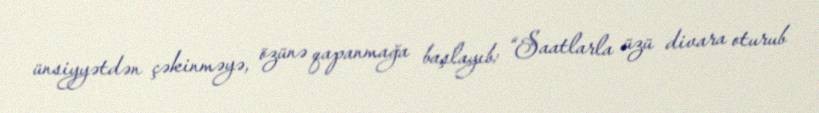
ünsiyyətdən çəkinməyə, özünə qapanmağa başlayıb: “Saatlarla üzü divara oturub